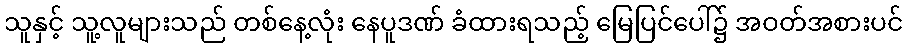
သူနှင့် သူ့လူများသည် တစ်နေ့လုံး နေပူဒဏ် ခံထားရသည့် မြေပြင်ပေါ်၌ အဝတ်အစားပင်